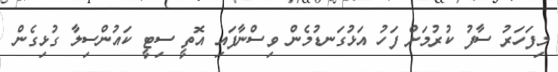
މިފަހަރު ސާފު ކުރުމަށް ފަހު އަޅުގަނޑުމެން ވިސްނާފައި އޮތީ ސިޓީ ކައުންސިލާ ގުޅިގެން